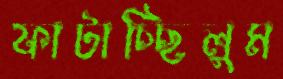
ফাটাচ্ছিলুম